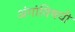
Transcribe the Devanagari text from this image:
अंगांविषयी